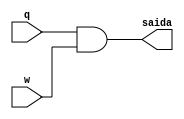
//...............
//Exemplo0014 - AND
//Nome: Mateus Lima Batista
//...............

//...............
//..gate
//..............

module and2gate(output saida, input q,w);
assign saida = (q&w);
endmodule
module andgate(output s,input a,b,c);
assign s = ((a&b)&c);
endmodule

//..............teste

module testeandgate;
reg a,b,c;
wire s, s1;

and2gate AND1(s1,a,b);
and2gate AND2(s,s1,c);
initial begin:start
a = 0;
b = 0;
c = 0;
end
initial begin:main
$display("Exemplo0014 - Mateus Lima Batista - 451410");
$display("Test AND gate");
$display("\na&b&c = s\n");
$monitor("%b&%b&%b  = %b",a,b,c,s);
#1 a = 0; b = 0; c = 1;
#1 a = 0; b = 1; c = 0;
#1 a = 0; b = 1; c = 1;
#1 a = 1; b = 0; c = 0;
#1 a = 1; b = 0; c = 1;
#1 a = 1; b = 1; c = 0;
#1 a = 1; b = 1; c = 1;
end
endmodule